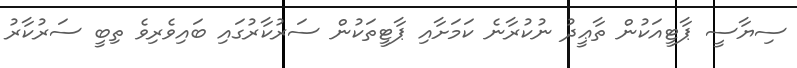
ސިޔާސީ ޕާޓީއަކުން ތާޢީދު ނުކުރާނެ ކަމަށާއި ޕާޓީތަކުން ސަރުކާރުގައި ބައިވެރިވެ ތިބީ ސަރުކާރު